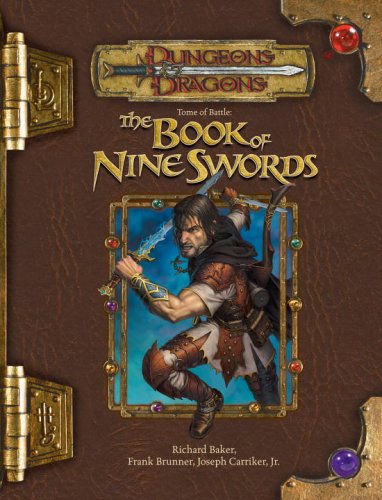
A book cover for Tome of Battle: The Book of Nine Swords (Dungeons & Dragons d20 3.5 Fantasy Roleplaying); Richard Baker; Science Fiction & Fantasy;